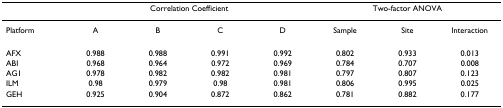
<table><thead><tr><td></td><td colspan="4"><b>Correlation Coefficient</b></td><td colspan="3"><b>Two-factor ANOVA</b></td></tr></thead><tbody><tr><td>Platform</td><td>A</td><td>B</td><td>C</td><td>D</td><td>Sample</td><td>Site</td><td>Interaction</td></tr><tr><td>AFX</td><td>0.988</td><td>0.988</td><td>0.991</td><td>0.992</td><td>0.802</td><td>0.933</td><td>0.013</td></tr><tr><td>ABI</td><td>0.968</td><td>0.964</td><td>0.972</td><td>0.969</td><td>0.784</td><td>0.707</td><td>0.008</td></tr><tr><td>AG1</td><td>0.978</td><td>0.982</td><td>0.982</td><td>0.981</td><td>0.797</td><td>0.807</td><td>0.123</td></tr><tr><td>ILM</td><td>0.98</td><td>0.979</td><td>0.98</td><td>0.981</td><td>0.806</td><td>0.995</td><td>0.025</td></tr><tr><td>GEH</td><td>0.925</td><td>0.904</td><td>0.872</td><td>0.862</td><td>0.781</td><td>0.882</td><td>0.177</td></tr></tbody></table>